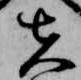
先